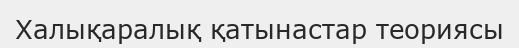
Халықаралық қатынастар теориясы